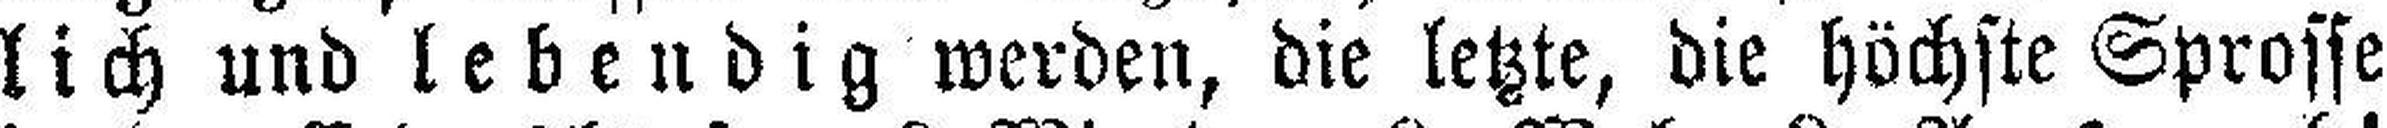
lich und lebendig werden, die letzte, die höchste Sprosse